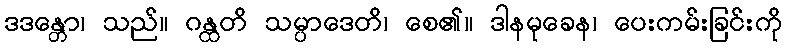
ဒဒန္တော၊ သည်။ ဂန္ထတိ သမ္ပာဒေတိ၊ စေ၏။ ဒါနမုခေန၊ ပေးကမ်းခြင်းကို